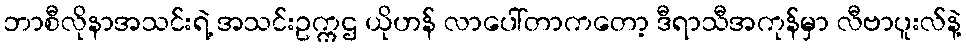
ဘာစီလိုနာအသင်းရဲ့ အသင်းဥက္ကဌ ယိုဟန် လာပေါ်တာကတော့ ဒီရာသီအကုန်မှာ လီဗာပူးလ်နဲ့